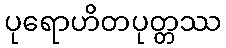
ပုရောဟိတပုတ္တဿ